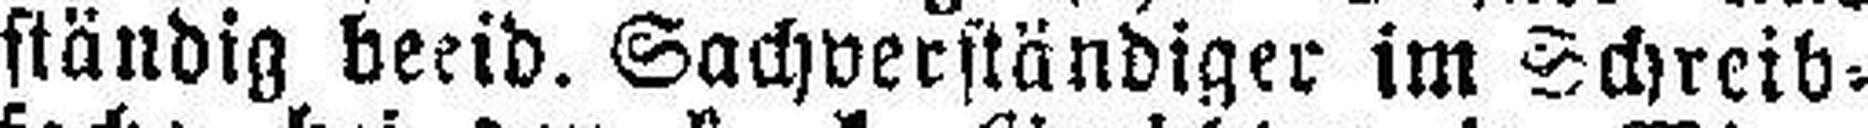
ständig beeid. Sachverständiger im Schreib¬